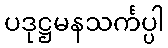
ပဒုဋ္ဌမနသင်္ကပ္ပါ